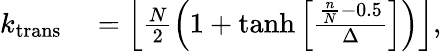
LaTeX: \begin{array}{rl}{k_{\mathrm{trans}}}&{{}=\left\lfloor\frac{N}{2}\left(1+\operatorname{tanh}{\left[\frac{\frac{n}{N}-0.5}{\Delta}\right]}\right)\right\rfloor,}\end{array}